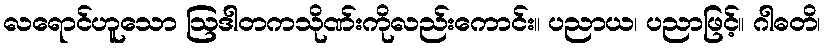
လရောင်ဟူသော ဩဒါတကသိုဏ်းကိုလည်းကောင်း။ ပညာယ၊ ပညာဖြင့်။ ဂါဓတိ၊